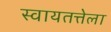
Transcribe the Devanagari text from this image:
स्वायतत्तेला